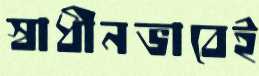
স্বাধীনভাবেই